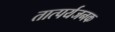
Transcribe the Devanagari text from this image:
तात्पर्यजनक